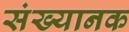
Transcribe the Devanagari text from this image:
संख्यानक